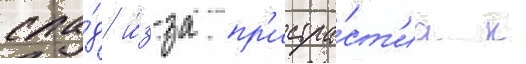
спа́д и́з-за пр'истра́ст'иа к